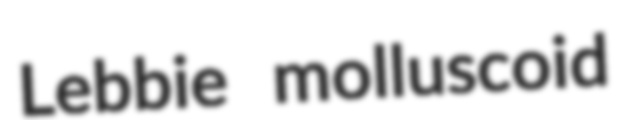
Lebbie molluscoid